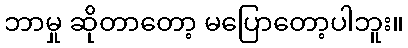
ဘာမှု ဆိုတာတော့ မပြောတော့ပါဘူး။